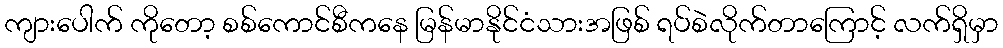
ကျားပေါက် ကိုတော့ စစ်ကောင်စီကနေ မြန်မာနိုင်ငံသားအဖြစ် ရပ်စဲလိုက်တာကြောင့် လက်ရှိမှာ